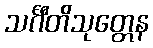
သင်္ဂီတိသုတ္တေန